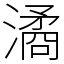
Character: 潏